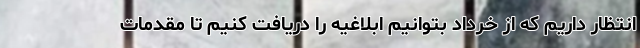
انتظار داریم که از خرداد بتوانیم ابلاغیه را دریافت کنیم تا مقدمات